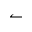
\leftharpoonup